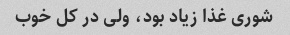
شوری غذا زیاد بود، ولی در کل خوب